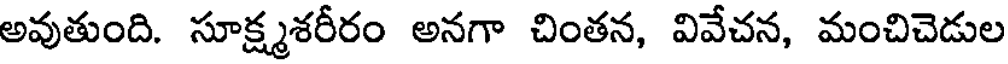
అవుతుంది. సూక్ష్మశరీరం అనగా చింతన, వివేచన, మంచిచెడుల